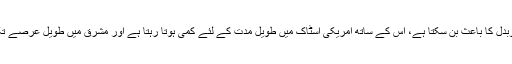
والہ نے کہا کہ اس عالمی بحران سرمایہ کی تقسیم کے توازن میں ردوبدل کا باعث بن سکتا ہے، اس کے ساتھ امریکی اسٹاک میں طویل مدت کے لئے کمی ہوتا رہتا ہے اور مشرق میں طویل عرصے تک بڑھتا رہتا ہے اور سرمایے کی منتقلی کے راستے کو بدل دیتا ہے۔